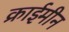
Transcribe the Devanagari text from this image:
क्राईमीन